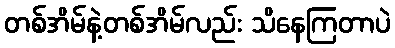
တစ်အိမ်နဲ့တစ်အိမ်လည်း သိနေကြတာပဲ